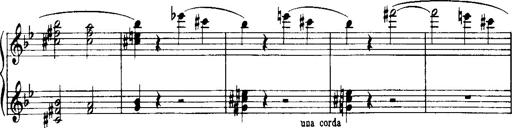
Title: Historische ungarische Bildnisse
Composer: Franz Liszt